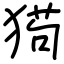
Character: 㺃